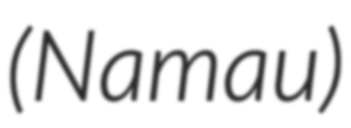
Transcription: (Namau)